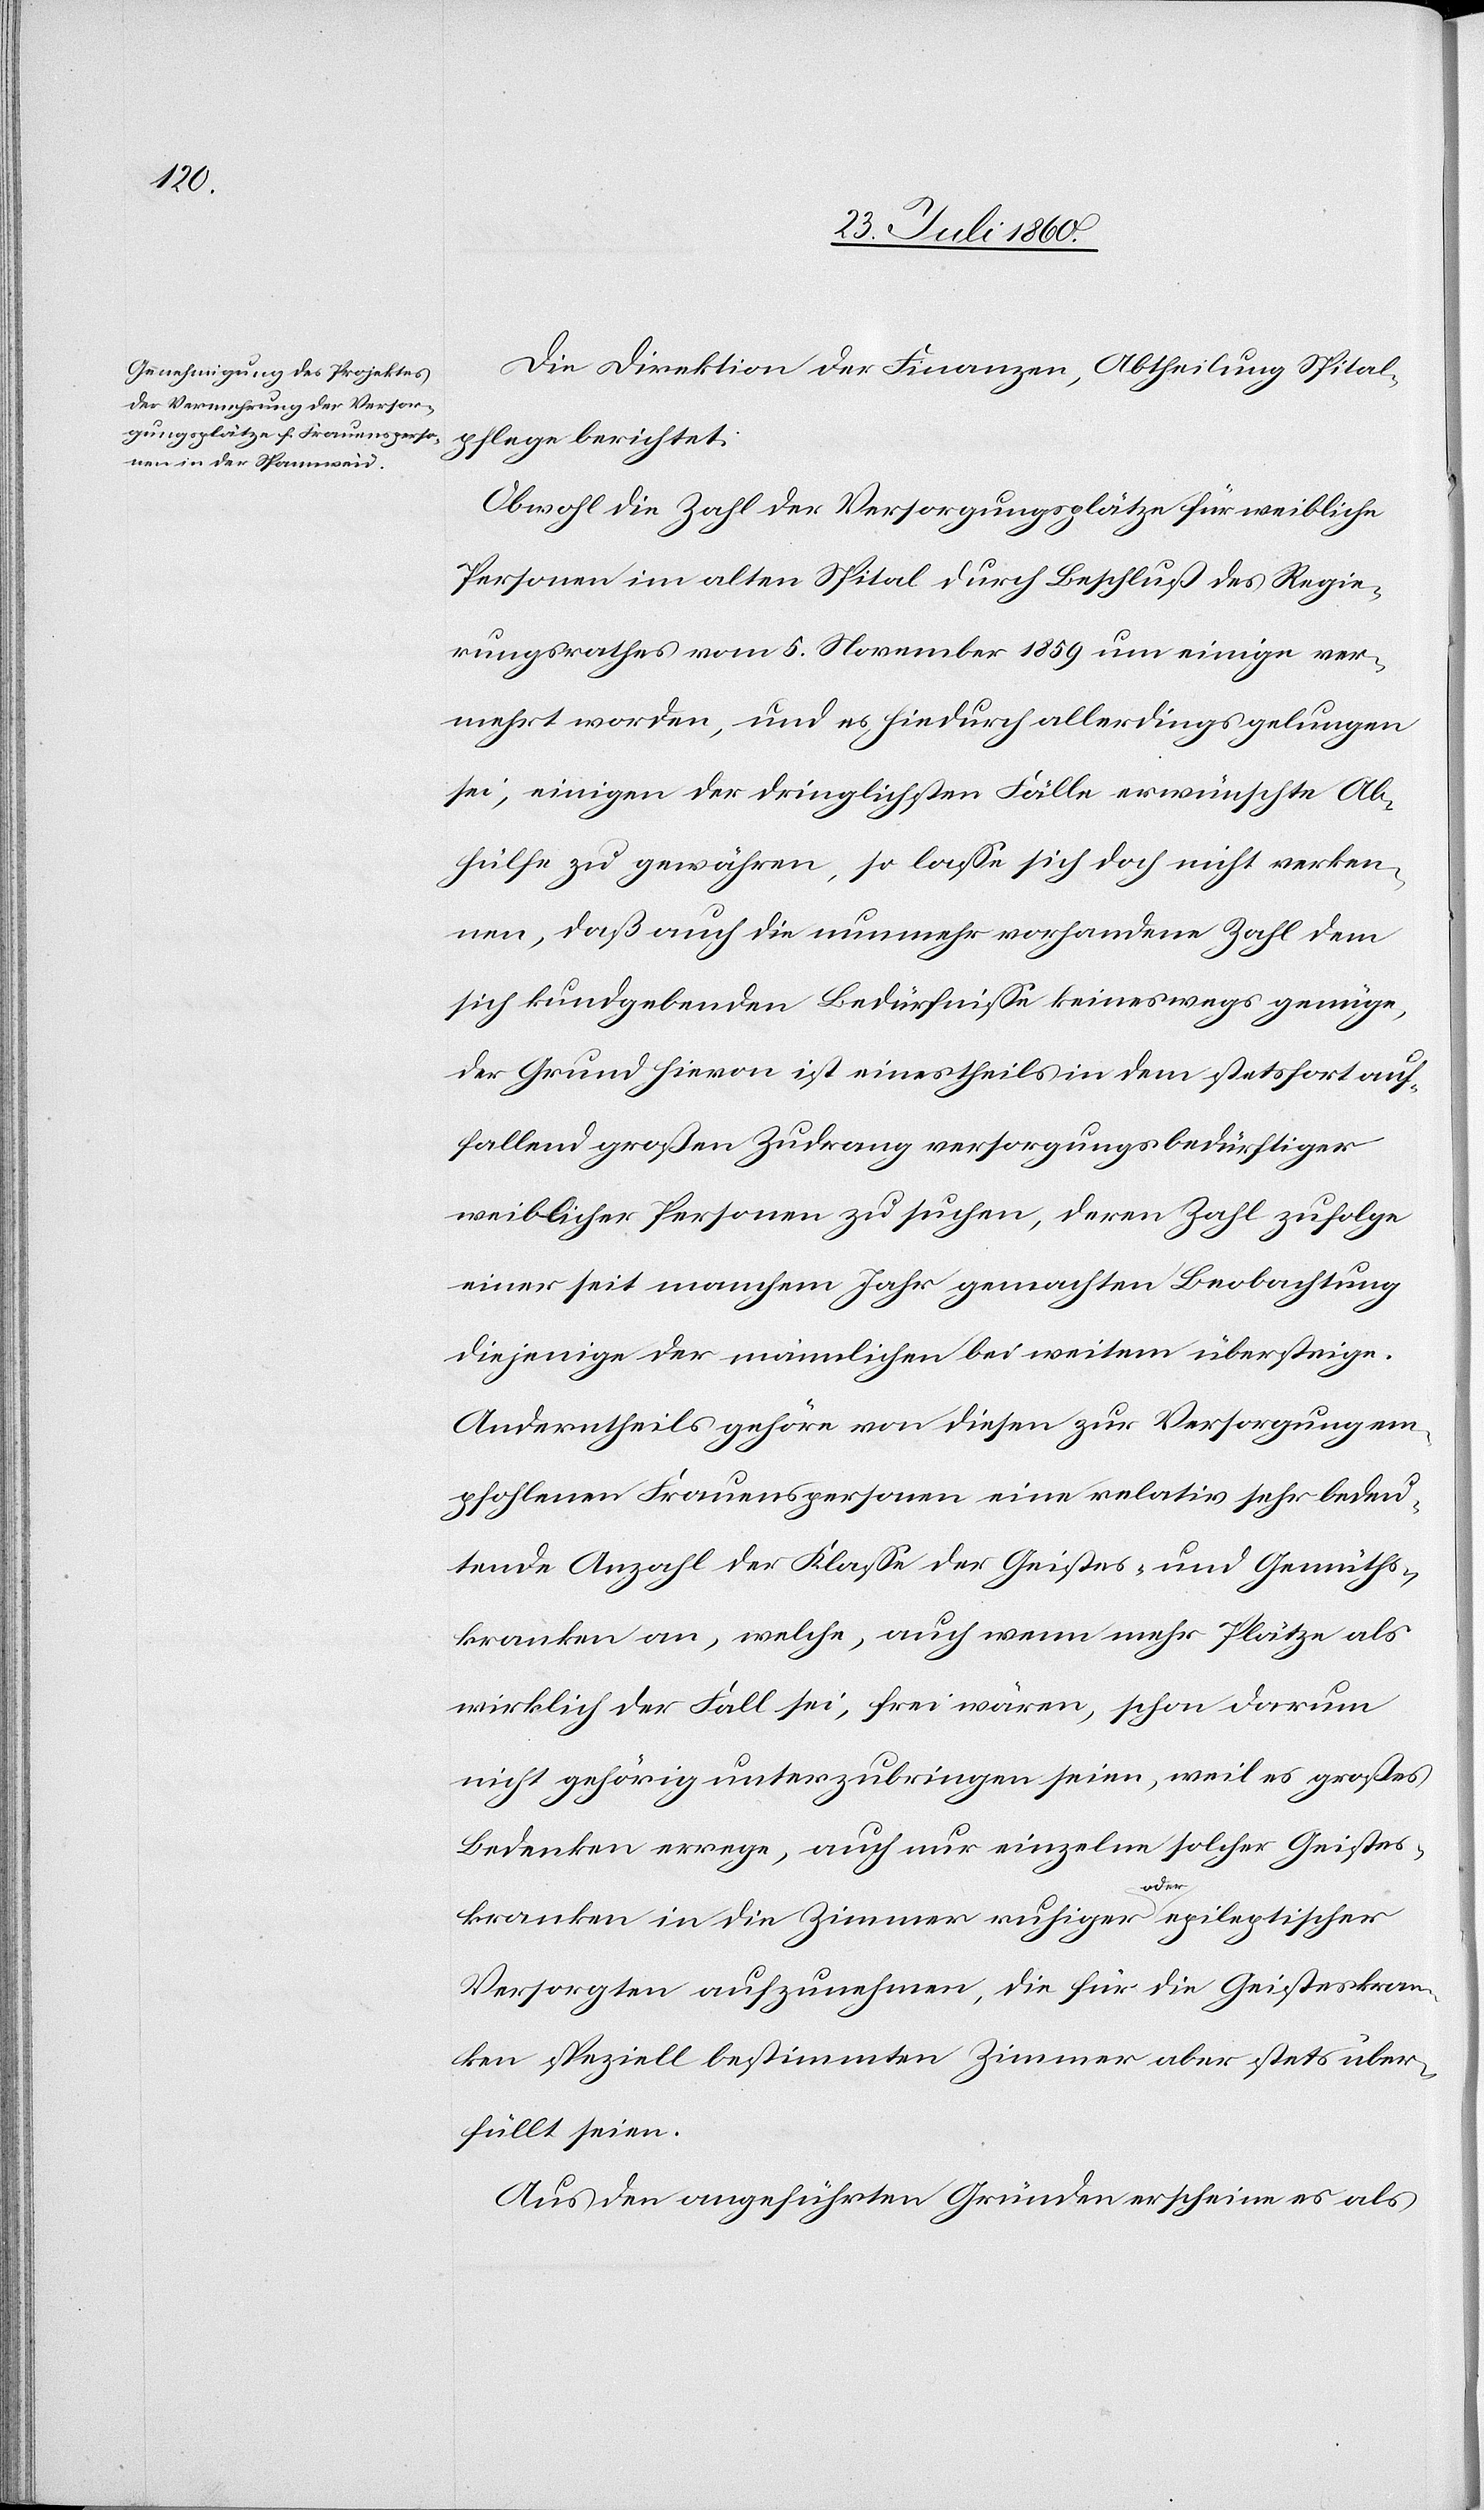
Die Direktion der Finanzen, Abtheilung Spital¬
pflege berichtet.
Obwohl die Zahl der Versorgungsplätze für weibliche
Personen im alten Spital durch Beschluss des Regie¬
rungsrathes vom 5. November 1859 um einige ver¬
mehrt worden und es hiedurch allerdings gelungen
sei, einigen der dringlichsten Fälle erwünschte Ab¬
hülfe zu gewähren, so lasse sich doch nicht verken¬
nen, dass auch die nunmehr vorhandene Zahl dem
sich kundgebenden Bedürfnisse keineswegs genüge,
der Grund hievon ist einestheils in dem stets fort auf¬
fallend grossen Zudrang versorgungsbedürftiger
weiblichen Personen zu suchen, deren Zahl zufolge
einer seit manchem Jahr gemachten Beobachtung
diejenige der männlichen bei weitem übersteige.
Anderntheils gehöre von diesen zur Versorgung em¬
pfohlenen Frauenpersonen eine relativ sehr bedeu¬
tende Anzahl der Klasse der Geistes- und Gemüths¬
kranken an, welche, auch wenn mehr Plätze als
wirklich der Fall sei, frei wären, schon darum
nicht gehörig unterzubringen seien, weil es grosses
Bedenken errege, auch nur einzelne solcher Geistes¬
kranken in die Zimmer ruhiger oder epileptischer
Versorgten aufzunehmen, die für die Geisteskran¬
ken speziell bestimmten Zimmer aber stets über¬
füllt seien.
Aus den angeführten Gründen erscheine es als